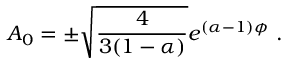
A _ { 0 } = \pm \sqrt { { \frac { 4 } { 3 ( 1 - \alpha ) } } } e ^ { ( \alpha - 1 ) \phi } \ .